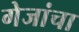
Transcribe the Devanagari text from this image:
गेजांचा